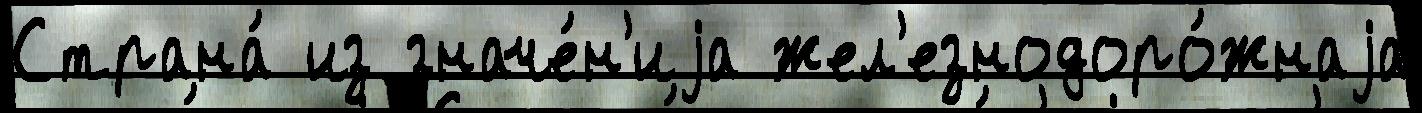
Страна́ из значе́н'иjа жел'езнодоро́жнаjа